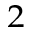
^ { 2 }